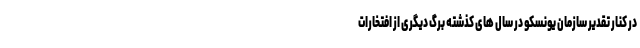
در کنار تقدیر سازمان یونسکو در سال های کذشته برگ دیگری از افتخارات